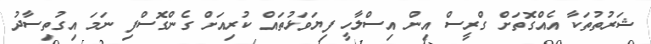
ޝަރުތުތަކާ އެއްގޮތަށް ގްރީސް އިން އިސްލާހީ ފިޔަވަޅުތައް ކުރިއަށް ގެންގޮސްފި ނަމަ އިގުތިސާދު